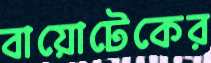
বায়োটেকের